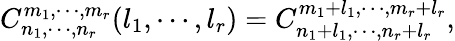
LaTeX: C_{n_{1},\cdots,n_{r}}^{m_{1},\cdots,m_{r}}(l_{1},\cdots,l_{r})=C_{n_{1}+l_{1},\cdots,n_{r}+l_{r}}^{m_{1}+l_{1},\cdots,m_{r}+l_{r}},